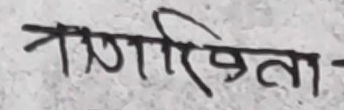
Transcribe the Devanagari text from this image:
प्रणाली